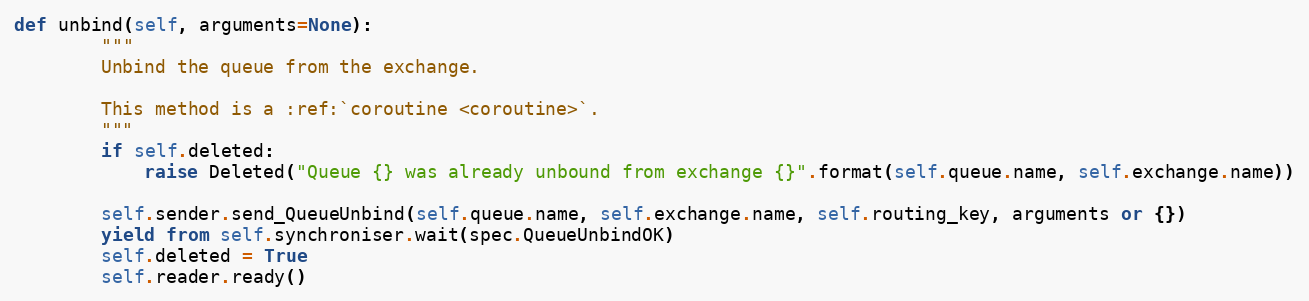
Language: Python
def unbind(self, arguments=None):
        """
        Unbind the queue from the exchange.

        This method is a :ref:`coroutine <coroutine>`.
        """
        if self.deleted:
            raise Deleted("Queue {} was already unbound from exchange {}".format(self.queue.name, self.exchange.name))

        self.sender.send_QueueUnbind(self.queue.name, self.exchange.name, self.routing_key, arguments or {})
        yield from self.synchroniser.wait(spec.QueueUnbindOK)
        self.deleted = True
        self.reader.ready()